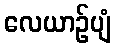
လေယာဉ်ပျံ